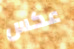
عكس